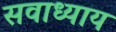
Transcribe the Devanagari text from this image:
सवाध्याय